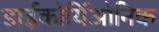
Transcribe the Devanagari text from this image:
डाईकोर्यिओनिक